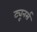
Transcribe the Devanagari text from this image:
ट्यूनर्स